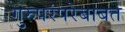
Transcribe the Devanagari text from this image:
गुरुपरंपरेबाबत